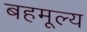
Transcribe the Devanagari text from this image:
बहमूल्य